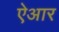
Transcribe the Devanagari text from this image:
ऐआर